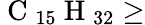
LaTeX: \mathrm{~C~}_{15}\mathrm{~H~}_{32}\geq